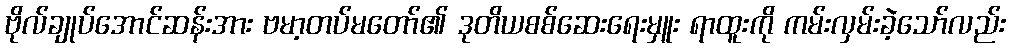
ဗိုလ်ချုပ်အောင်ဆန်းအား ဗမာ့တပ်မတော်၏ ဒုတိယစစ်ဆေးရေးမှူး ရာထူးကို ကမ်းလှမ်းခဲ့သော်လည်း